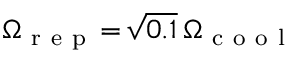
\Omega _ { \mathrm { ~ r ~ e ~ p ~ } } \! = \! \sqrt { 0 . 1 } \, \Omega _ { \mathrm { ~ c ~ o ~ o ~ l ~ } }